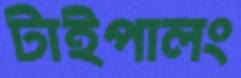
টাইপালং